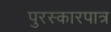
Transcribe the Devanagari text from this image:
पुरस्कारपात्र